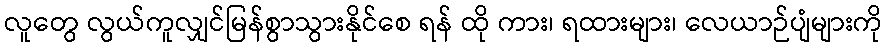
လူတွေ လွယ်ကူလျှင်မြန်စွာသွားနိုင်စေ ရန် ထို ကား၊ ရထားများ၊ လေယာဉ်ပျံများကို